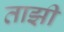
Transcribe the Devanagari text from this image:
ताझी